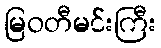
မြဝတီမင်းကြီး